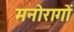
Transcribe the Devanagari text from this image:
मनोरागों